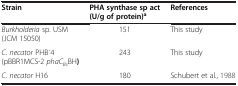
<table><thead><tr><td><b>Strain</b></td><td><b>PHA synthase sp act (U/g of protein)<sup>a</sup></b></td><td><b>References</b></td></tr></thead><tbody><tr><td><i>Burkholderia</i> sp. USM (JCM 15050)</td><td>151</td><td>This study</td></tr><tr><td><i>C. necator</i> PHB ̄4 (pBBR1MCS-2 <i>phaC</i><sub><i>Bs</i></sub>BH<b>)</b></td><td>243</td><td>This study</td></tr><tr><td><i>C. necator</i> H16</td><td>180</td><td>Schubert et al., [1988]</td></tr></tbody></table>